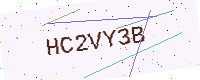
Text: HC2VY3B